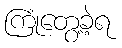
ကြုံတွေ့ခဲ့ရ